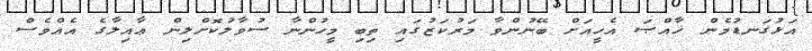
އަޅުގަނޑުމެން ޚާއްޞަ އެހީއަށް ބޭނުންވާ މަރުކަޒުގައި ތިބި މީހުންނާ ސުވާލުކޮށްލިން ޢާއިލާގެ އެއްވެސް